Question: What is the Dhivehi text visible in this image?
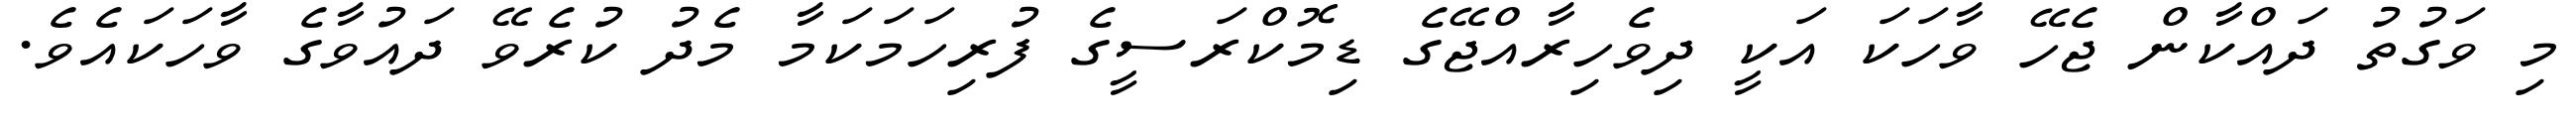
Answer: މި ވަގުތު ދައްކާން ޖެހޭ ވާހަކަ އަކީ ދިވެހިރާއްޖޭގެ ޑިމޮކްރަސީގެ ފުރިހަމަކަމާ މެދު ކުރެވޭ ދައުވާގެ ވާހަކައެވެ.